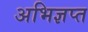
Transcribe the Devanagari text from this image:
अभिज्ञप्त